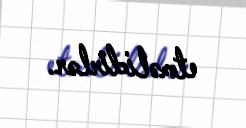
etməlidirlər.